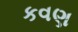
કવણ